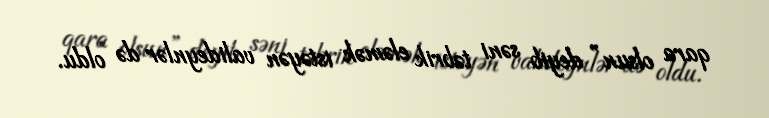
qara olsun” deyib səni təbrik eləmək istəyən valideynlər də oldu.